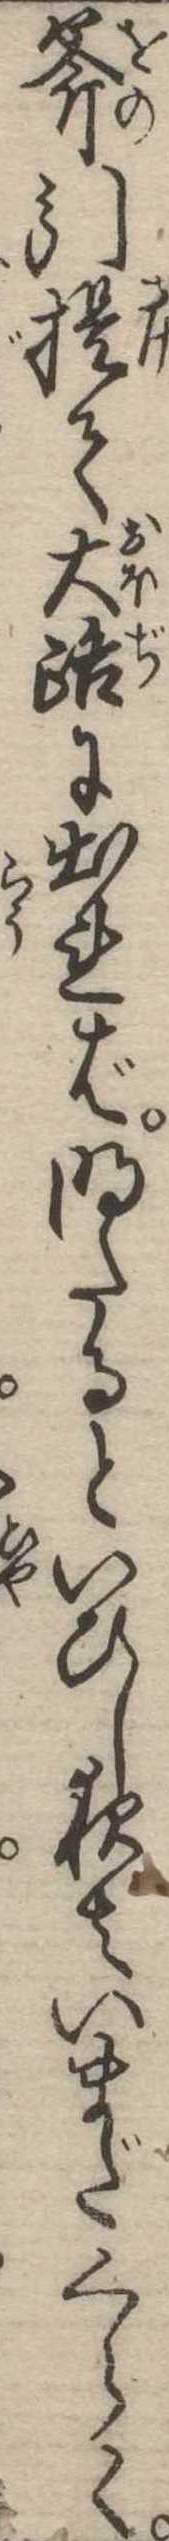
斧引提て大路に出れば明たるといひし夜はいまだくらく